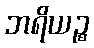
ဘရိယဉ္စ